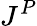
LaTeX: J^{P}